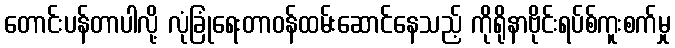
တောင်းပန်တာပါလို့ လုံခြုံရေးတာဝန်ထမ်းဆောင်နေသည့် ကိုရိုနာဗိုင်းရပ်စ်ကူးစက်မှု